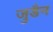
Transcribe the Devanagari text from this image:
जुडैन